Annual report of the Central Committee of the Association together with the report of the directors of the Pasteur Institute at Kasauli
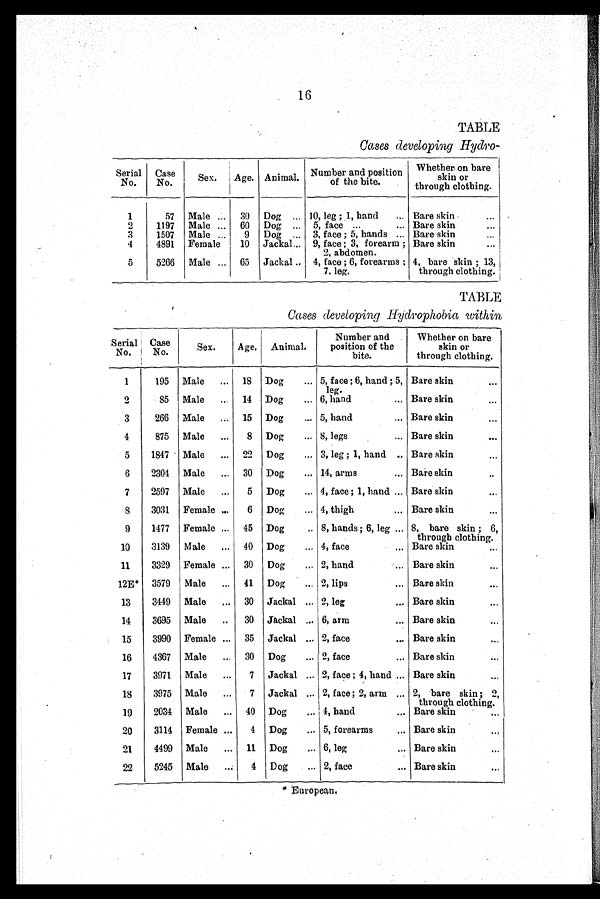
16
TABLE
Cases developing Hydro-
Serial
No.
Case
No.
Sex. Age. Animal. Number and position
of the bite.
Whether on bare
skin or
through clothing.
1
57 Male
30 Dog
10, leg; 1, hand
Bare skin
2
1197 Male
60 Dog
5, face
Bare skin
3
1507 Male
9 Dog
3, face; 5, hands
Bare skin
4
4891 Female
10 Jackal
9, face; 3, forearm;
2, abdomen.
Bare skin
5
5266 Male
65 Jackal
4, face; 6, forearms;
7, leg.
4, bare skin; 13,
through clothing.
TABLE
Cases developing Hydrophobia within
Serial
No.
Case
No.
Sex.
Age. Animal.
Number and
position of the
bite.
Whether on bare
skin or
through clothing.
1
195 Male
18 Dog
5, face; 6, hand; 5,
leg.
Bare skin
2
85 Male
14 Dog
6, hand
Bare skin
3
266 Male
15 Dog
5, hand
Bare skin
4
875 Male
8 Dog
8, legs
Bare skin
5
1847 Male
22 Dog
3, leg; 1, hand
Bare skin
6
2304 Male
30 Dog
14, arms
Bare skin
7
2597 Male
5 Dog
4, face; 1, hand
Bare skin
8
3031 Female
6 Dog
4, thigh
Bare skin
9
1477 Female
45 Dog
8, hands; 6, leg
8, bare skin; 6,
through clothing.
10
3139 Male
40 Dog
4, face
Bare skin
11
3329 Female
30 Dog
2, hand
Bare skin
12E* 3579 Male
41 Dog
2, lips
Bare skin
13
3449 Male
30 Jackal
2, leg
Bare skin
14
3695 Male
30 Jackal
6, arm
Bare skin
15
3990 Female
35 Jackal
2, face
Bare skin
16
4367 Male
30 Dog
2, face
Bare skin
17
3971 Male
7 Jackal
2, face; 4, hand
Bare skin
18
3975 Male
7 Jackal
2, face; 2, arm
2, bare skin; 2,
through clothing.
19
2034 Male
40 Dog
4, hand
Bare skin
20
3114 Female
4 Dog
5, forearms
Bare skin
21
4499 Male
11 Dog
6, leg
Bare skin
22
5245 Male
4 Dog
2, face
Bare skin
* European.